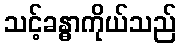
သင့်ခန္ဓာကိုယ်သည်